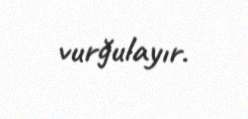
vurğulayır.